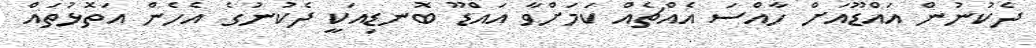
ދެކުނުން އައްޑޫއަށް ހާއްސަ އެއްޗެއް ކަމަށްވާ އައްޑޫ ބޮނޑިއަކީ ދެކުނުގެ އެހެން އަތޮޅުތައް